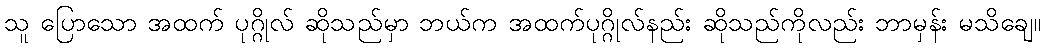
သူ ပြောသော အထက် ပုဂ္ဂိုလ် ဆိုသည်မှာ ဘယ်က အထက်ပုဂ္ဂိုလ်နည်း ဆိုသည်ကိုလည်း ဘာမှန်း မသိချေ။